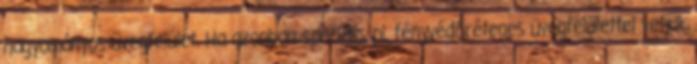
hagyományos üvegfelület. Ha azonban speciális pl. fényvédőréteges üvegfelülettel vetjük